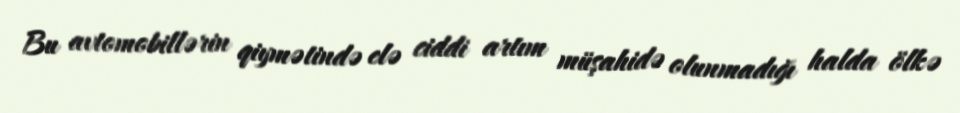
Bu avtomobillərin qiymətində elə ciddi artım müşahidə olunmadığı halda ölkə